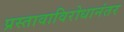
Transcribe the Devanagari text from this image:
प्रस्तावाविरोधानंतर